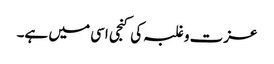
عزت و غلبہ کی کنجی اسی میں ہے۔